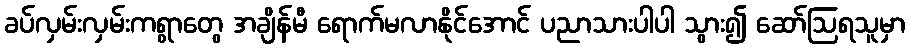
ခပ်လှမ်းလှမ်းကရွာတွေ အချိန်မီ ရောက်မလာနိုင်အောင် ပညာသားပါပါ သွား၍ ဆော်ဩရသူမှာ